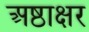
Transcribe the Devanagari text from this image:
अष्ठाक्षर